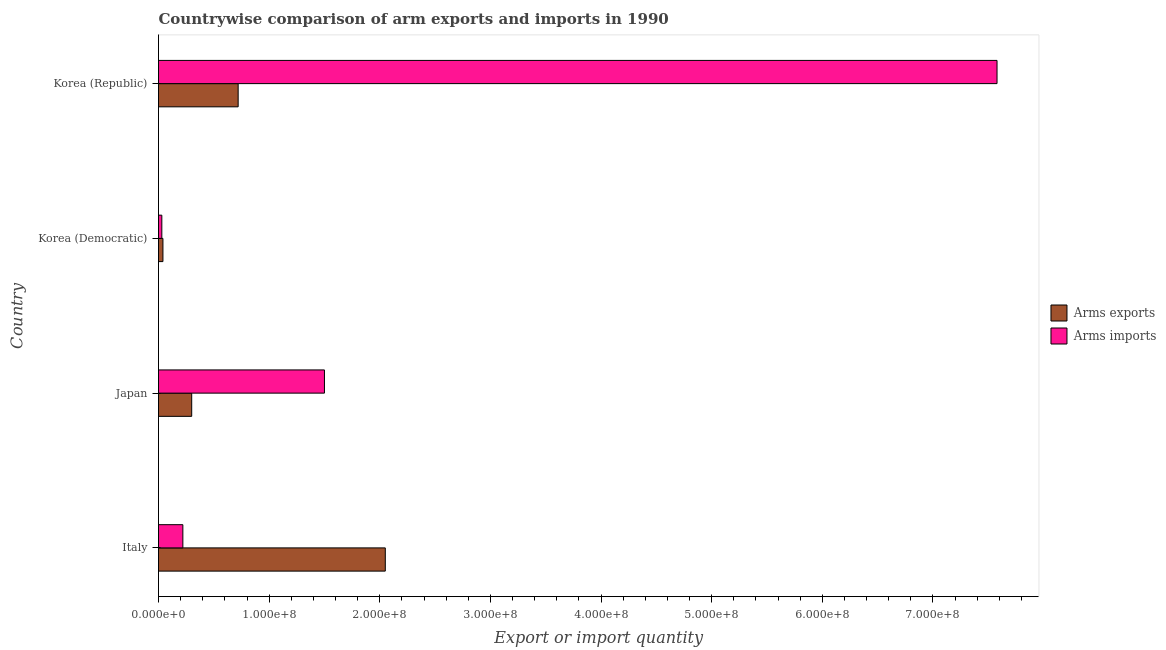
| Country | Arms exports | Arms imports |
 | --- | --- | --- |
 | Italy | 2.05e+08 | 2.2e+07 |
 | Japan | 3e+07 | 1.5e+08 |
 | Korea (Democratic) | 4e+06 | 3e+06 |
 | Korea (Republic) | 7.2e+07 | 7.58e+08 |